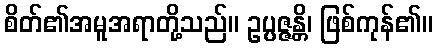
စိတ်၏အမူအရာတို့သည်။ ဥပ္ပဇ္ဇန္တိ၊ ဖြစ်ကုန်၏။